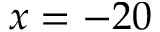
x = - 2 0